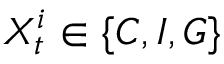
X _ { t } ^ { i } \in \{ C , I , G \}